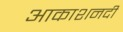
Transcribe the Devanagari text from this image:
आकाशनदी